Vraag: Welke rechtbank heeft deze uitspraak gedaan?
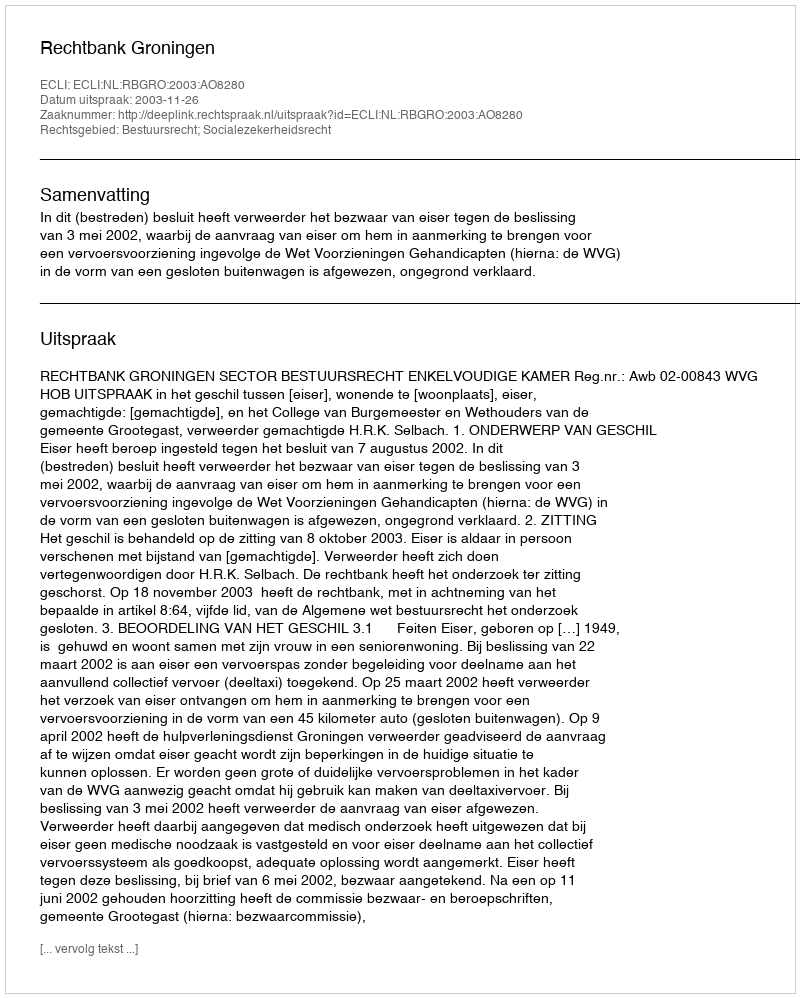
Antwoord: Rechtbank Groningen